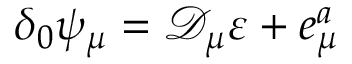
\delta _ { 0 } \psi _ { \mu } = \mathcal { D } _ { \mu } \varepsilon + e _ { \mu } ^ { a }